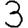
Digit: 3